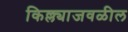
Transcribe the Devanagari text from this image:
किल्ल्याजवळील